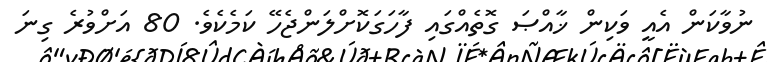
ނުވާކަން އެއީ ވަކިން ޚާއްޞަ ގޮތެއްގައި ފާހަގަކޮށްލަންޖެހޭ ކަމެކެވެ. 80 އަށްވުރެ ގިނަ